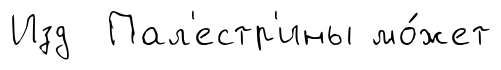
Изд Пал'естр'ины мо́жет